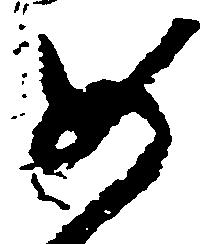
如